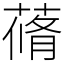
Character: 蓨